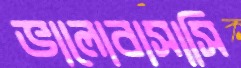
ভালোবাসাসি